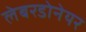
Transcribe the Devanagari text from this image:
लेबरडोनेयर